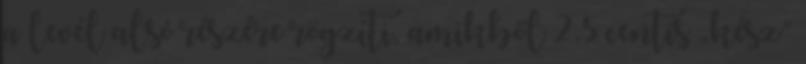
a levél alsó részére rögzíti, amikből 2,5 centis „kész”